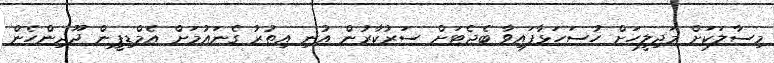
މިސާލަކަށް މަޖިލީހަށް ހުސަހަޅާފައިވާ ބެޖެޓަށް ސަރުކާރުން އުނި އިތުރު ގެނައުމަށް އެމްޑިޕީން ދޫދިންހެން